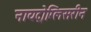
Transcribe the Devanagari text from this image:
नायट्रोग्लिसरीन